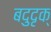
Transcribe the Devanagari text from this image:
बदुदृक्